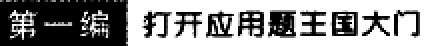
第一编 打开应用题王国大门